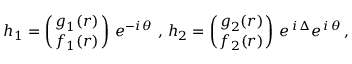
h _ { 1 } = \left( { g _ { 1 } ( r ) } \atop { f _ { 1 } ( r ) } \right) \, e ^ { - i \, \theta } \mathrm { ~ , ~ } h _ { 2 } = \left( { g _ { 2 } ( r ) } \atop { f _ { 2 } ( r ) } \right) \, e ^ { \, i \, \Delta } e ^ { \, i \, \theta } \, ,